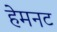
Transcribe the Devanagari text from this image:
हेमनट